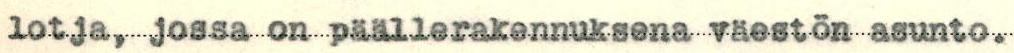
lotja, jossa on päällerakennuksena väestön asunto.